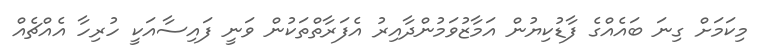
މިކަމަށް ގިނަ ބައެއްގެ ފާޑުކިޔުން އަމާޒުވަމުންދާއިރު އެފަރާތްތަކުން ވަނީ ފައިސާއަކީ ހުރިހާ އެއްޗެއް